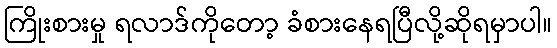
ကြိုးစားမှု ရလာဒ်ကိုတော့ ခံစားနေရပြီလို့ဆိုရမှာပါ။